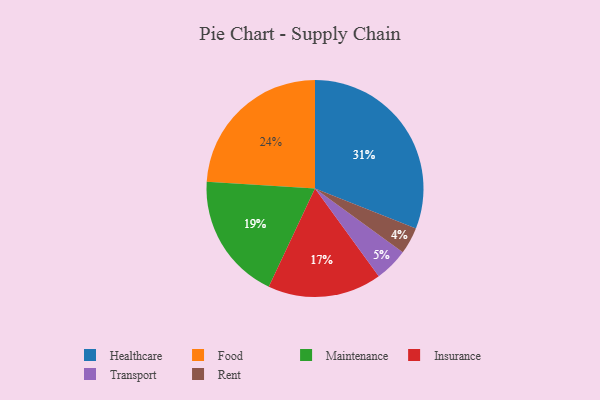
{"axis": {"x": "Category", "y": "Percentage"}, "legend": ["Food", "Healthcare", "Insurance", "Maintenance", "Rent", "Transport"], "data": [{"x": "Healthcare", "y": 31, "type": "Healthcare"}, {"x": "Rent", "y": 4, "type": "Rent"}, {"x": "Transport", "y": 5, "type": "Transport"}, {"x": "Food", "y": 24, "type": "Food"}, {"x": "Insurance", "y": 17, "type": "Insurance"}, {"x": "Maintenance", "y": 19, "type": "Maintenance"}]}